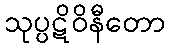
သုပ္ပဋိဝိနီတော